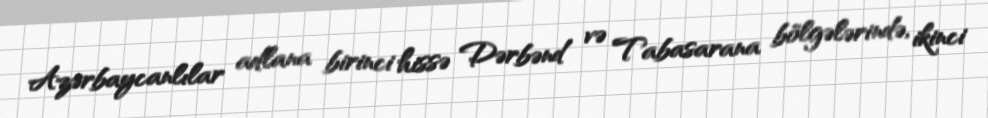
Azərbaycanlılar adlana birinci hissə Dərbənd və Tabasarana bölgələrində, ikinci